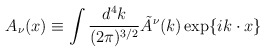
\begin{align*}A_\nu (x)\equiv\int{d^4 k\over (2\pi)^{3/2}}\tilde A^\nu (k)\exp\{ik\cdot x\}\,\end{align*}